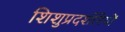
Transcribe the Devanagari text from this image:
शिशुप्रदर्शनियों